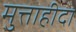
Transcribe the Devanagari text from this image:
मुत्ताहीदा